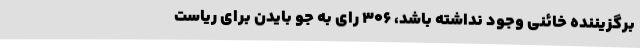
برگزیننده خائنی وجود نداشته باشد، 306 رای به جو بایدن برای ریاست